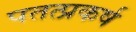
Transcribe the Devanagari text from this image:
पतत्प्रकर्ष